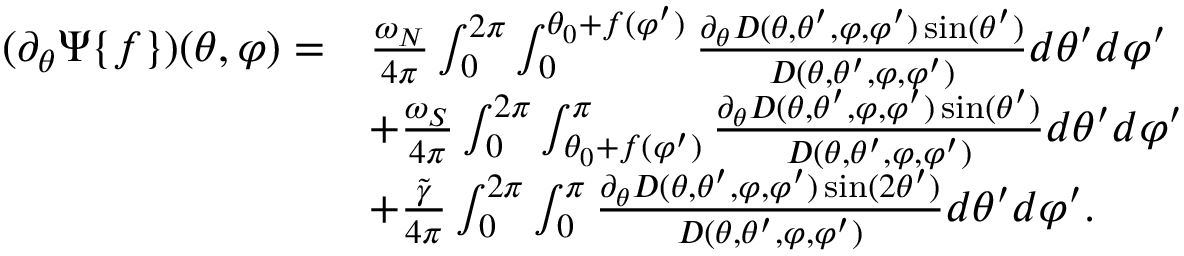
\begin{array} { r l } { ( \partial _ { \theta } \Psi \{ f \} ) ( \theta , \varphi ) = } & { \frac { \omega _ { N } } { 4 \pi } \int _ { 0 } ^ { 2 \pi } \int _ { 0 } ^ { \theta _ { 0 } + f ( \varphi ^ { \prime } ) } \frac { \partial _ { \theta } D ( \theta , \theta ^ { \prime } , \varphi , \varphi ^ { \prime } ) \sin ( \theta ^ { \prime } ) } { D ( \theta , \theta ^ { \prime } , \varphi , \varphi ^ { \prime } ) } d \theta ^ { \prime } d \varphi ^ { \prime } } \\ & { + \frac { \omega _ { S } } { 4 \pi } \int _ { 0 } ^ { 2 \pi } \int _ { \theta _ { 0 } + f ( \varphi ^ { \prime } ) } ^ { \pi } \frac { \partial _ { \theta } D ( \theta , \theta ^ { \prime } , \varphi , \varphi ^ { \prime } ) \sin ( \theta ^ { \prime } ) } { D ( \theta , \theta ^ { \prime } , \varphi , \varphi ^ { \prime } ) } d \theta ^ { \prime } d \varphi ^ { \prime } } \\ & { + \frac { \widetilde { \gamma } } { 4 \pi } \int _ { 0 } ^ { 2 \pi } \int _ { 0 } ^ { \pi } \frac { \partial _ { \theta } D ( \theta , \theta ^ { \prime } , \varphi , \varphi ^ { \prime } ) \sin ( 2 \theta ^ { \prime } ) } { D ( \theta , \theta ^ { \prime } , \varphi , \varphi ^ { \prime } ) } d \theta ^ { \prime } d \varphi ^ { \prime } . } \end{array}